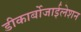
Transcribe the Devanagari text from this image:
डीकार्बोजाईलेशन